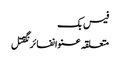
فیس بک
متعلقہ عنوانفائرنگقتل